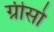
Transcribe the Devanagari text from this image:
ग्रीसो